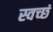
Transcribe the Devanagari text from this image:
स्वच्छं